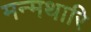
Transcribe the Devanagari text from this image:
मन्मथारि